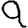
Digit: 9